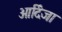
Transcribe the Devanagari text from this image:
आर्दिजा